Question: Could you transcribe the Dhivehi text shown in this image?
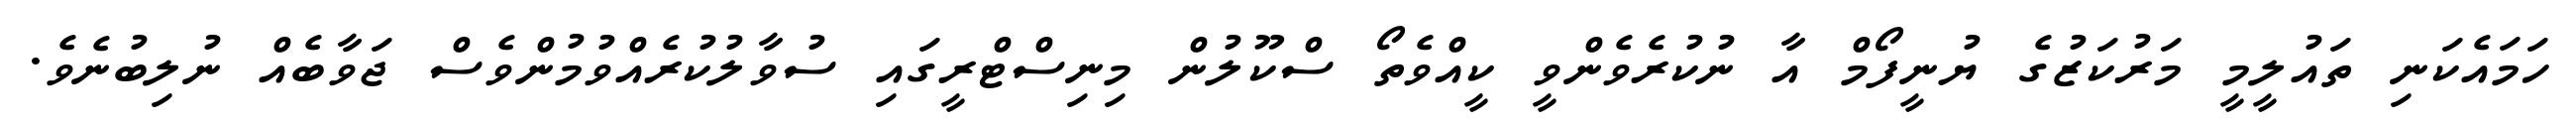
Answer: ހަމައެކަނި ތައުލީމީ މަރުކަޒުގެ ޔުނީފޯމް އާ ނުކުރެވެންވީ ކީއްވެތޯ ސްކޫލުން މިނިސްޓްރީގައި ސުވާލުކުރެއްވުމުންވެސް ޖަވާބެއް ނުލިބުނެވެ.